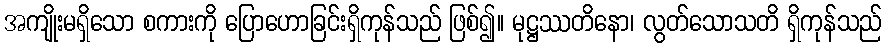
အကျိုးမရှိသော စကားကို ပြောဟောခြင်းရှိကုန်သည် ဖြစ်၍။ မုဋ္ဌဿတိနော၊ လွတ်သောသတိ ရှိကုန်သည်